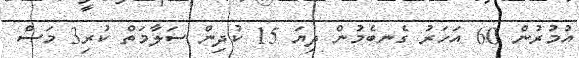
އުމުރުން 60 އަހަރު ގެނބެމުން ދިޔަ 15 ކުދިން ސަލާމަތް ކުރި3 މަސް